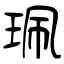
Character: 珮